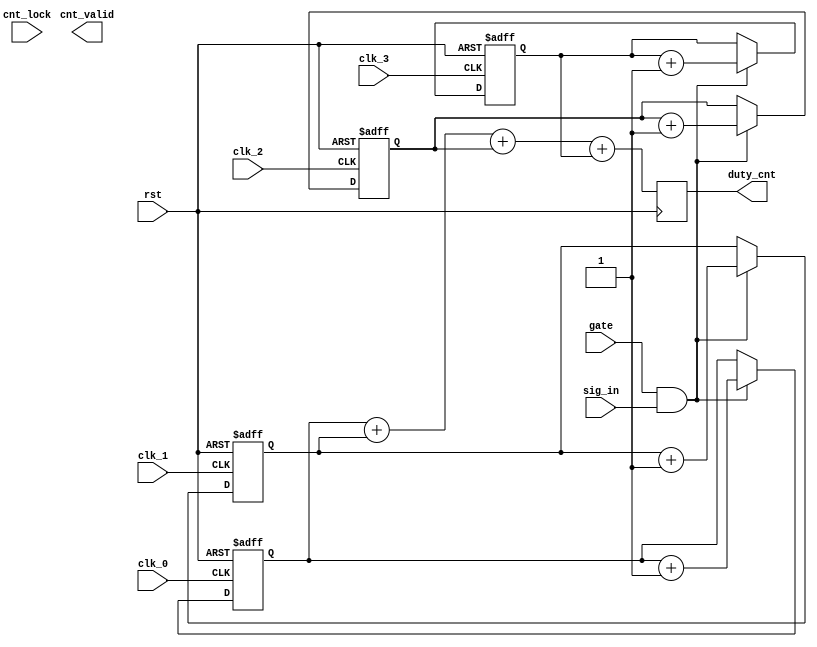
`define CNT_WIDTH 32
module measure_duty(
  input rst,//from measure_fre,rst_or
  input clk_0,//0 degree
  input clk_1,//90 degree
  input clk_2,//180 degree
  input clk_3,//270 degree
  input sig_in,
  input gate,//from measure_fre,real_gate
  output [`CNT_WIDTH-1:0] duty_cnt,
  output cnt_valid,
  input cnt_lock);
  
//0
reg [`CNT_WIDTH-1:0] cnt_duty0;
always@(posedge clk_0 or posedge rst)
begin
  if(rst)
    cnt_duty0<={`CNT_WIDTH{1'b0}};
  else if(gate && sig_in)
    cnt_duty0<=cnt_duty0+1;    
end

//1
reg [`CNT_WIDTH-1:0] cnt_duty1;
always@(posedge clk_1 or posedge rst)
begin
  if(rst)
    cnt_duty1<={`CNT_WIDTH{1'b0}};
  else if(gate && sig_in)
    cnt_duty1<=cnt_duty1+1;    
end

//2
reg [`CNT_WIDTH-1:0] cnt_duty2;
always@(posedge clk_2 or posedge rst)
begin
  if(rst)
    cnt_duty2<={`CNT_WIDTH{1'b0}};
  else if(gate && sig_in)
    cnt_duty2<=cnt_duty2+1;    
end

//3
reg [`CNT_WIDTH-1:0] cnt_duty3;
always@(posedge clk_3 or posedge rst)
begin
  if(rst)
    cnt_duty3<={`CNT_WIDTH{1'b0}};
  else if(gate && sig_in)
    cnt_duty3<=cnt_duty3+1;    
end

wire [`CNT_WIDTH-1:0] cnt_duty_last;
assign cnt_duty_last=cnt_duty0 + cnt_duty1 + cnt_duty2 + cnt_duty3;

reg [`CNT_WIDTH-1:0] cnt_duty_last_r;
always@(posedge rst)
begin
	cnt_duty_last_r<=cnt_duty_last;
end

assign duty_cnt=cnt_duty_last_r;

endmodule